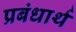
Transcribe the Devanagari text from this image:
प्रबंधार्थ